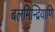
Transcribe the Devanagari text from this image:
बलमिन्द्रियाणि